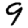
Digit: 9